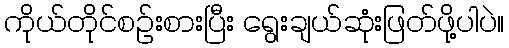
ကိုယ်တိုင်စဉ်းစားပြီး ရွေးချယ်ဆုံးဖြတ်ဖို့ပါပဲ။